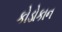
કોડોકાન